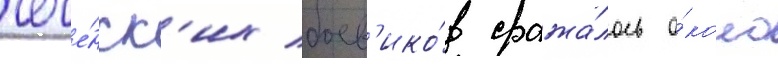
чече́нск'их боев'ико́в сража́лось о́коло